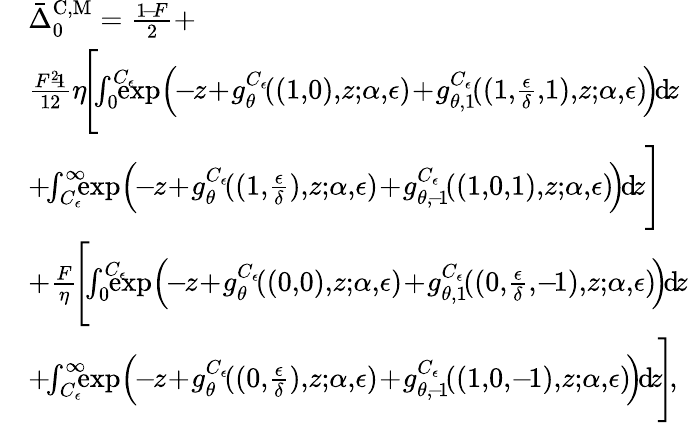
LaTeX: \begin{array}{rl}&{\bar{\Delta}_{0}^{\mathrm{C,M}}=\frac{1\! -\! F}{2}+}\\ &{\frac{F^{2}\! \! -\! \! 1}{12}\eta\! \Bigg[\! \! \int_{0}^{C_{\epsilon}}\! \! \! \! \! \exp\! \Big(\! \! -\! \! z\! +\! g_{\theta}^{C_{\epsilon}}\! ((1,\! 0),\! z;\! \alpha,\! \epsilon)\! +\! g_{\theta,1}^{C_{\epsilon}}\! ((1,\! \frac{\epsilon}{\delta},\! 1),\! z;\! \alpha,\! \epsilon)\! \Big)\! \mathrm{d}\! z}\\ &{+\! \! \int_{C_{\epsilon}}^{\infty}\! \! \! \exp\! \Big(\! \! -\! \! z\! +\! g_{\theta}^{C_{\epsilon}}\! ((1,\! \frac{\epsilon}{\delta}),\! z;\! \alpha,\! \epsilon)\! +\! g_{\theta,\! -\! 1}^{C_{\epsilon}}\! ((1,\! 0,\! 1),\! z;\! \alpha,\! \epsilon)\! \Big)\! \mathrm{d}\! z\Bigg]}\\ &{+\frac{F}{\eta}\! \Bigg[\! \! \int_{0}^{C_{\epsilon}}\! \! \! \! \! \exp\! \Big(\! \! -\! \! z\! +\! g_{\theta}^{C_{\epsilon}}\! ((0,\! 0),\! z;\! \alpha,\! \epsilon)\! +\! g_{\theta,1}^{C_{\epsilon}}\! ((0,\! \frac{\epsilon}{\delta},\! -\! 1),\! z;\! \alpha,\! \epsilon)\! \Big)\! \mathrm{d}\! z}\\ &{+\! \! \int_{C_{\epsilon}}^{\infty}\! \! \! \exp\! \Big(\! \! -\! \! z\! +\! g_{\theta}^{C_{\epsilon}}\! ((0,\! \frac{\epsilon}{\delta}),\! z;\! \alpha,\! \epsilon)\! +\! g_{\theta,\! -\! 1}^{C_{\epsilon}}\! ((1,\! 0,\! -\! 1),\! z;\! \alpha,\! \epsilon)\! \Big)\! \mathrm{d}\! z\! \Bigg]\! ,}\end{array}